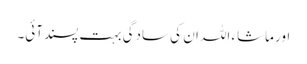
اور ماشاء اللہ ان کی سادگی بہت پسندآئی۔